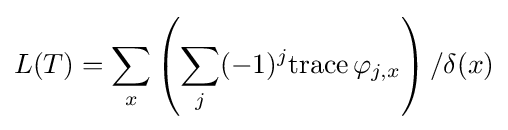
L(T)=\sum _{x}\left(\sum _{j}(-1)^{j}\mathrm {trace} \,\varphi _{j,x}\right)/\delta (x)